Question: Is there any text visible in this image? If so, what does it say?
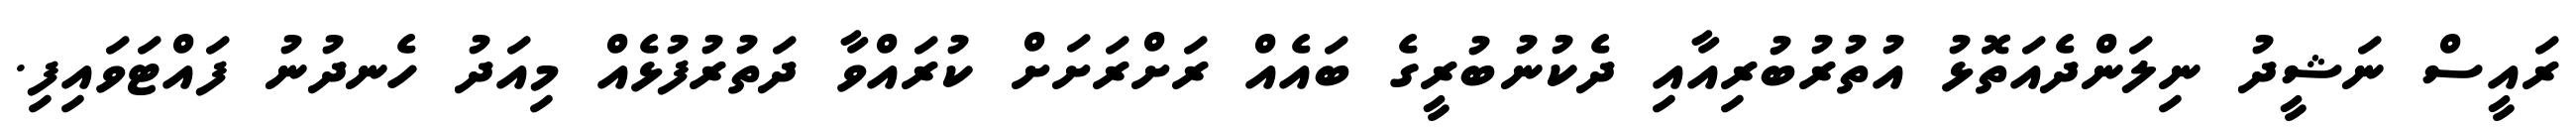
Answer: ރައީސް ނަޝީދު ނިލަންދެއަތޮޅު އުތުރުބުރިއާއި ދެކުނުބުރީގެ ބައެއް ރަށްރަށަށް ކުރައްވާ ދަތުރުފުޅެއް މިއަދު ހެނދުނު ފައްޓަވައިފި.